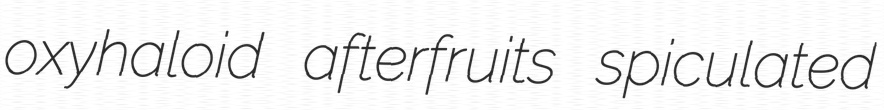
oxyhaloid afterfruits spiculated